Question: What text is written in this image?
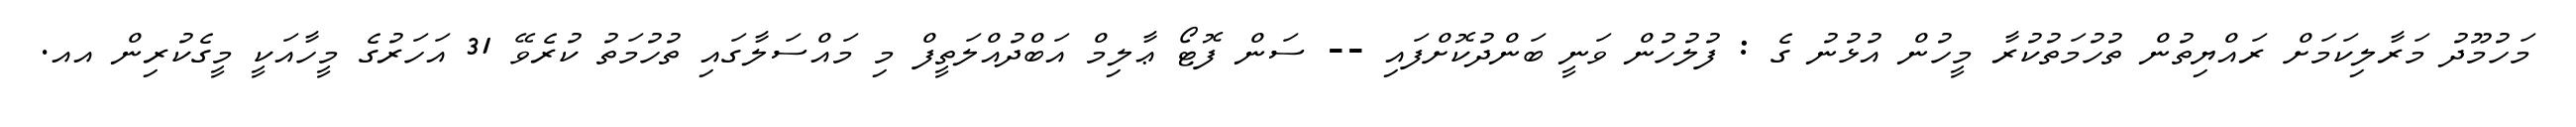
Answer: މަހުމޫދު މަރާލިކަމަށް ރައްޔިތުން ތުހުމަތުކުރާ މީހުން އުޅުނު ގެ : ފުލުހުން ވަނީ ބަންދުކޮށްފައި -- ސަން ފޮޓޯ ޢާލިމް އަބްދުއްލަތީފް މި މައްސަލާގައި ތުހުމަތު ކުރެވޭ 31 އަހަރުގެ މީހާއަކީ މީގެކުރިން އއ.